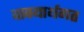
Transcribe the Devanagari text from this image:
वाक्यार्थगत